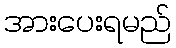
အားပေးရမည်